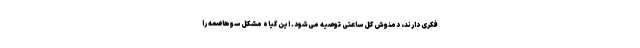
فکری دارند، دمنوش گل ساعتی توصیه می‌شود. این گیاه مشکل سوهاضمه را